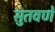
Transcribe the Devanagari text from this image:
सुतवणे